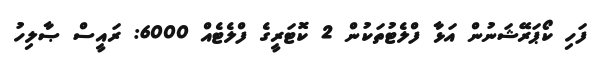
ފަހި ކޯޕަރޭޝަނުން އަޅާ ފްލެޓުތަކުން 2 ކޮޓަރީގެ ފްލެޓެއް 6000: ރައީސް ޞާލިހު